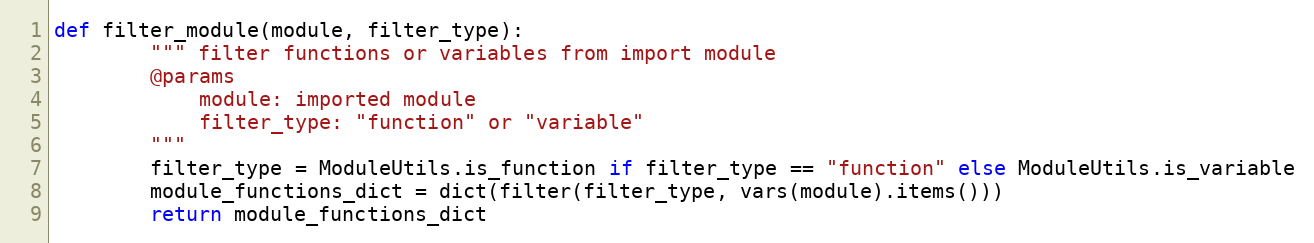
Language: Python
def filter_module(module, filter_type):
        """ filter functions or variables from import module
        @params
            module: imported module
            filter_type: "function" or "variable"
        """
        filter_type = ModuleUtils.is_function if filter_type == "function" else ModuleUtils.is_variable
        module_functions_dict = dict(filter(filter_type, vars(module).items()))
        return module_functions_dict